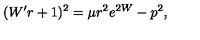
( W ^ { \prime } r + 1 ) ^ { 2 } = \mu r ^ { 2 } e ^ { 2 W } - p ^ { 2 } ,